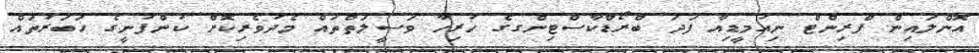
އޮންލައިން ޕްރިންޓް ނިއުމީޑިއާ ފަދަ ބްރޯޑްކާސްޓިންގގެ ހުރިހާ ވަސީލަތްތައް މެދުވެރިކޮށް ކުންފުނީގެ ޚަބަރުތައް